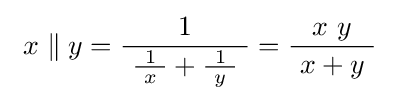
\ x\parallel y={\frac {1}{\ {\frac {\ 1\ }{x}}+{\frac {\ 1\ }{y}}\ }}={\frac {x\ y}{\ x+y\ }}~